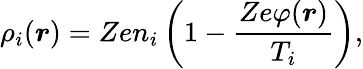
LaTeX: \rho_{i}(\boldsymbol{r})=Zen_{i}\left(1-\frac{Ze\varphi(\boldsymbol{r})}{T_{i}}\right),